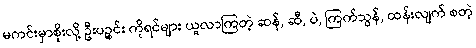
မကင်းမှာစိုးလို့ ဦးပဉ္စင်း ကိုရင်များ ယူလာကြတဲ့ ဆန်, ဆီ, ပဲ, ကြက်သွန်, ထန်းလျက် စတဲ့